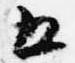
五